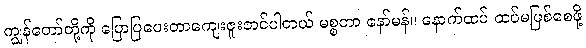
ကျွန်တော်တို့ကို ပြောပြပေးတာကျေးဇူးတင်ပါတယ် မစ္စတာ နော်မန်။ နောက်ထပ် ထပ်မဖြစ်စေဖို့